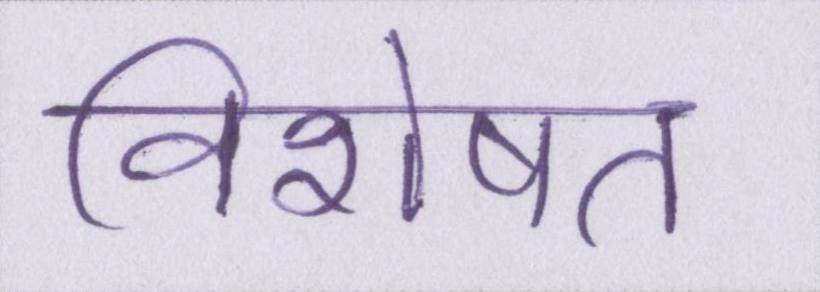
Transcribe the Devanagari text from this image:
विशेषत